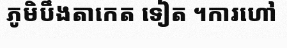
ភូមិបឹងតាកេត ទៀត ។ការហៅ